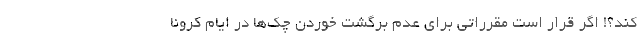
کند؟! اگر قرار است مقرراتی برای عدم برگشت خوردن چک‌ها در ایام کرونا